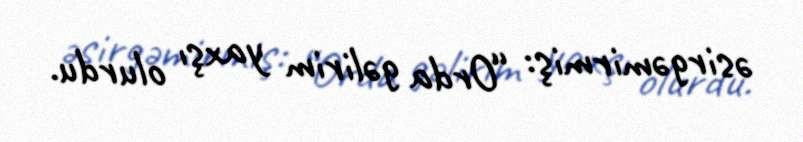
əsirgəmirmiş: “Orda gəlirim yaxşı olurdu.